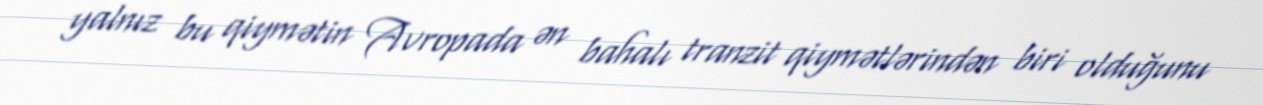
yalnız bu qiymətin Avropada ən bahalı tranzit qiymətlərindən biri olduğunu